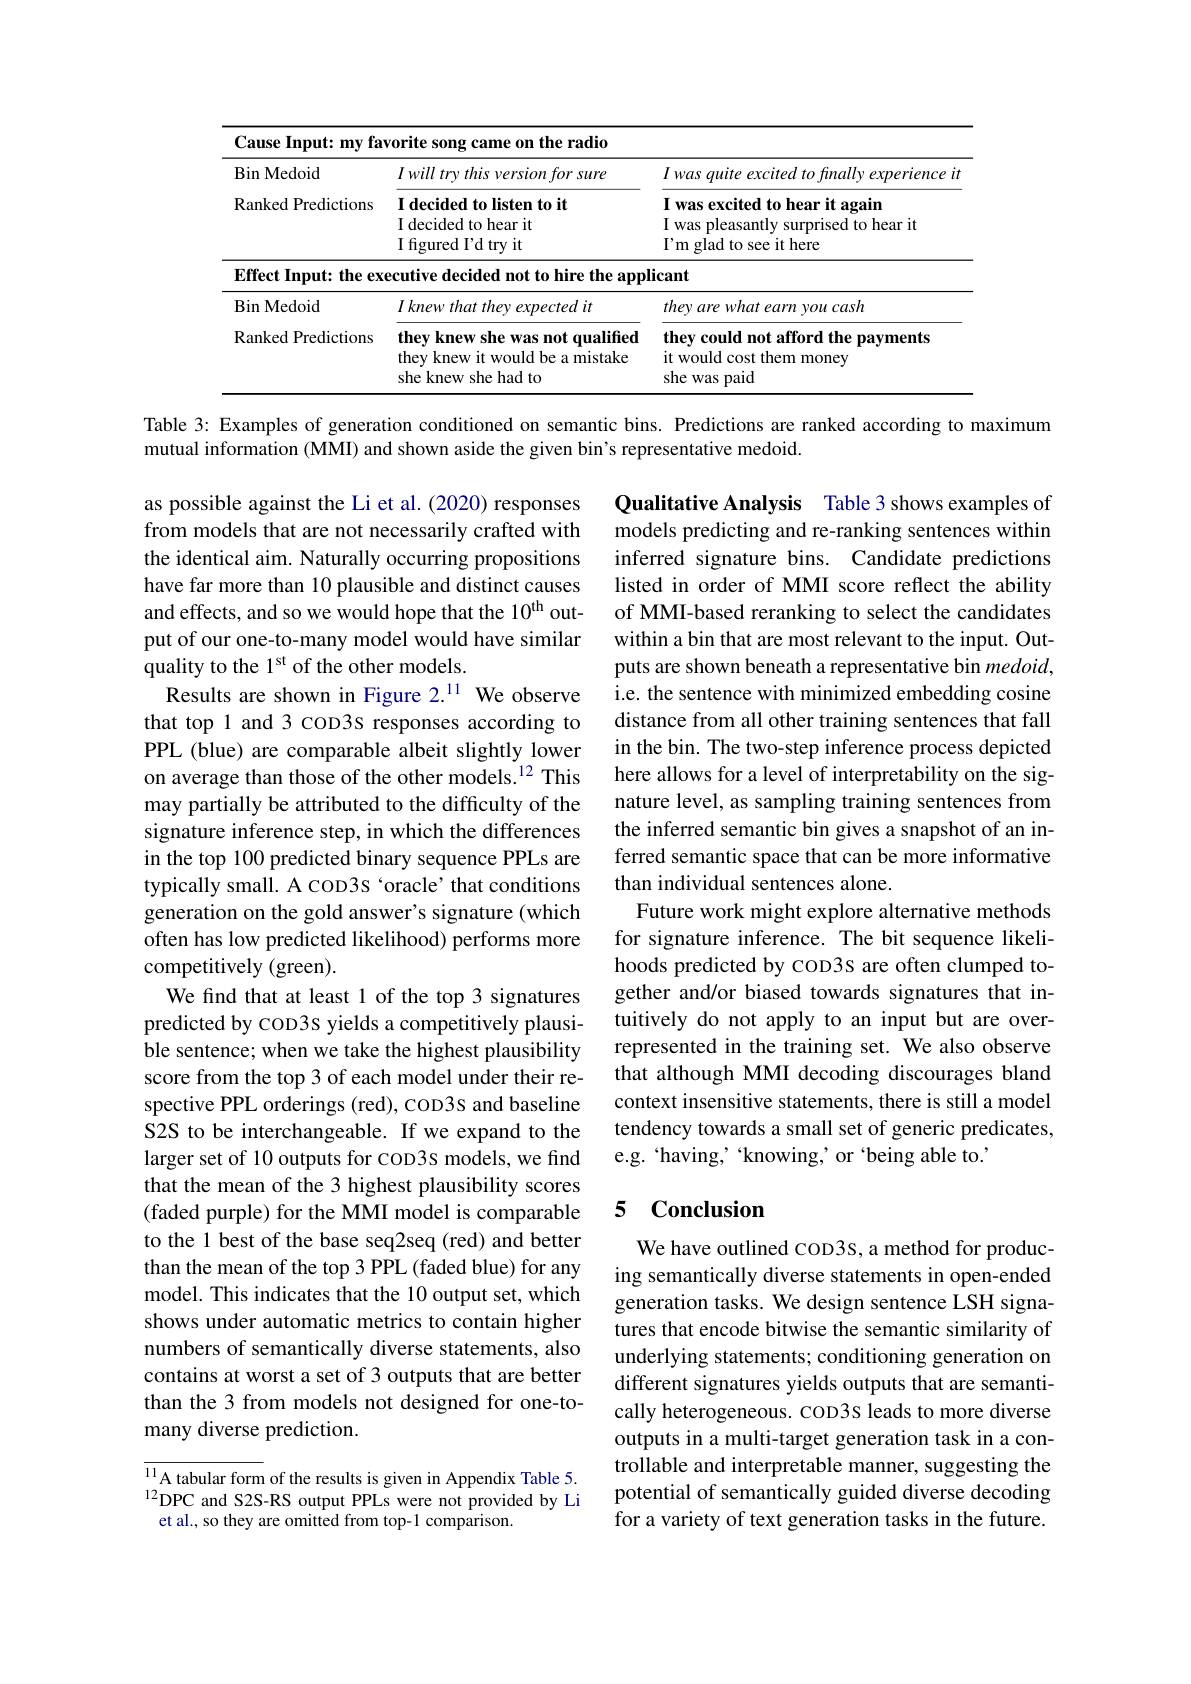
<table>
	<tbody>
		<tr>
			<th colspan="3">Cause Input: my favorite song came on the radio</th>
		</tr>
		<tr>
			<th>$\operatorname{Bin}\operatorname{Medoid}$</th>
			<th>$Iwilltry\textit{ this version for sure}$</th>
			<th>Iwasquiteexcitedtofinallyexperienceit</th>
		</tr>
		<tr>
			<td>Ranked Predictions</td>
			<td>$\textbf{I decided to listen to it}$ I decided to hear it ${\mathrm{I~figured~}}$Fd try it</td>
			<td>I was excited to hear it again I was pleasantly surprised to hear it $I^{\prime }$m glad to see it here</td>
		</tr>
		<tr>
			<td>$\mathbf{Effect~Input:~the~ex}$</td>
			<td>ecutive decided not to hire the appl</td>
			<td>icant</td>
		</tr>
		<tr>
			<td>$\operatorname{Bin}$Medoid</td>
			<td>$I\textit{knew that they expected it}$</td>
			<td>they are what earn you cash</td>
		</tr>
		<tr>
			<td>Ranked Predictions</td>
			<td>they knew she was not qualified they knew it would be a mistake she knew she had to</td>
			<td>they could not afford the payments it would cost them money she was paid</td>
		</tr>
	</tbody>
</table>

Table 3: Examples of generation conditioned on semantic bins. Predictions are ranked according to maximum

mutual information (MMI) and shown aside the given bin's representative medoid.

Qualitative Analysis Table 3 shows examples of models predicting and re-ranking sentences within inferred signature bins. Candidate predictions listed in order of MMI score reflect the ability of MMI-based reranking to select the candidates within a bin that are most relevant to the input. Outputs are shown beneath a representative bin medoid,
Results are shown in Figure 2.$^{11}$ We observe i.e. the sentence with minimized embedding cosine
distance from all other training sentences that fall in the bin. The two-step inference process depicted here allows for a level of interpretability on the signature level, as sampling training sentences from the inferred semantic bin gives a snapshot of an inferred semantic space that can be more informative than individual sentences alone.
Future work might explore alternative methods for signature inference. The bit sequence likelihoods predicted by coD3s are often clumped together and/or biased towards signatures that intuitively do not apply to an input but are overrepresented in the training set. We also observe that although MMI decoding discourages bland context insensitive statements, there is still a model tendency towards a small set of generic predicates,
larger set of 10 outputs for coD3s models, we find e.g. ‘having,’knowing,’or‘being able to.’

as possible against the Li et al. (2020) responses from models that are not necessarily crafted with the identical aim. Naturally occurring propositions have far more than 10 plausible and distinct causes and effects, and so we would hope that the 10$^\mathrm{th}$ output of our one-to-many model would have similar quality to the 1$^\mathrm{st}$ of the other models.
that top 1 and 3 coD3s responses according to PPL (blue) are comparable albeit slightly lower on average than those of the other models.$^{12}$ This may partially be attributed to the difficulty of the signature inference step, in which the differences in the top 100 predicted binary sequence PPLs are typically small. A coD3S ‘oracle’that conditions generation on the gold answer's signature (which often has low predicted likelihood) performs more competitively (green).
We find that at least 1 of the top 3 signatures predicted by COD3S yields a competitively plausible sentence; when we take the highest plausibility score from the top 3 of each model under their respective PPL orderings (red), COD3S and baseline S2S to be interchangeable. If we expand to the that the mean of the 3 highest plausibility scores (faded purple) for the MMI model is comparable to the 1 best of the base seq2seq (red) and better than the mean of the top 3 PPL (faded blue) for any model. This indicates that the 10 output set, which shows under automatic metrics to contain higher numbers of semantically diverse statements, also contains at worst a set of 3 outputs that are better than the 3 from models not designed for one-tomany diverse prediction.

## 5 Conclusion

We have outlined coD3S, a method for producing semantically diverse statements in open-ended generation tasks. We design sentence LSH signatures that encode bitwise the semantic similarity of underlying statements; conditioning generation on different signatures yields outputs that are semantically heterogeneous. COD3S leads to more diverse outputs in a multi-target generation task in a controllable and interpretable manner, suggesting the potential of semantically guided diverse decoding for a variety of text generation tasks in the future.

$\overline{^{11}\text{A tabular form}}$ of the results is given in Appendix Table 5. $^{12}$DPC and S2S-RS output PPLs were not provided by Li et al., so they are omitted from top-1 comparison.